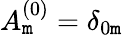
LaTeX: A_{\mathtt{m}}^{(0)}=\delta_{0\mathtt{m}}